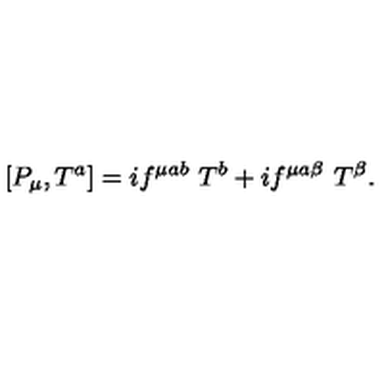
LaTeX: \left[ P _ { \mu } , T ^ { a } \right] = i f ^ { \mu a b } \ T ^ { b } + i f ^ { \mu a \beta } \ T ^ { \beta } .